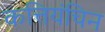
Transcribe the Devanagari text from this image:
कत्तियंचिन